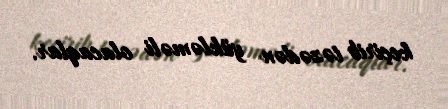
keçirib təzədən yükləməli olacaqlar.